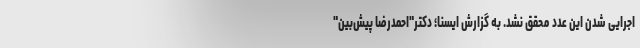
اجرایی شدن این عدد محقق نشد. به گزارش ایسنا؛ دکتر"احمدرضا پیش‌بین"